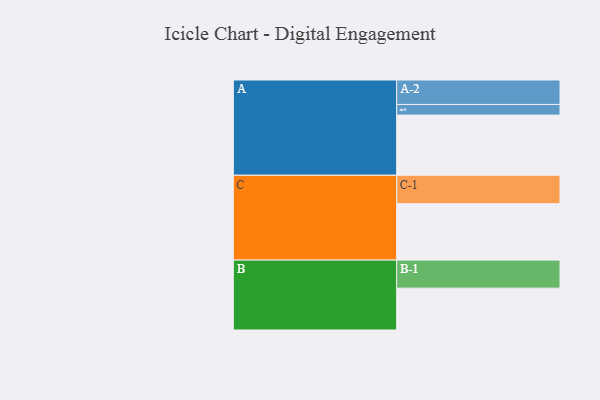
{"axis": {"x": "Segment", "y": "Value"}, "legend": ["", "A", "B", "C"], "data": [{"x": "A", "y": 536, "type": ""}, {"x": "B", "y": 373, "type": ""}, {"x": "C", "y": 503, "type": ""}, {"x": "A-1", "y": 95, "type": "A"}, {"x": "A-2", "y": 218, "type": "A"}, {"x": "B-1", "y": 250, "type": "B"}, {"x": "C-1", "y": 253, "type": "C"}]}